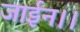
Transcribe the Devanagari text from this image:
जाईन।।